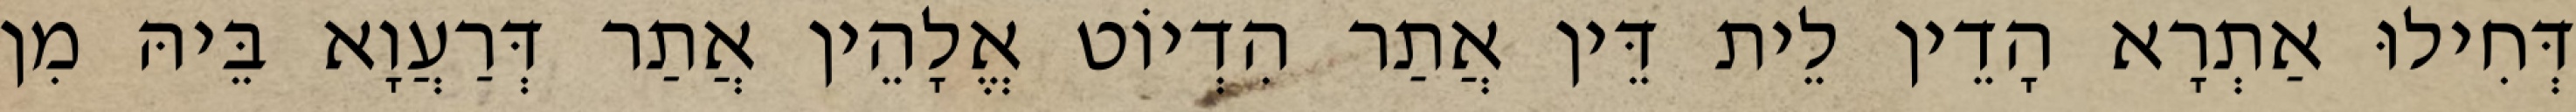
דְּחִילוּ אַתְרָא הָדֵין לֵית דֵּין אֲתַר הִדְיוֹט אֱלָהֵין אֲתַר דְּרַעֲוָא בֵּיהּ מִן